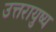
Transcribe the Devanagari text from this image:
उत्तरायुष्य